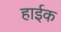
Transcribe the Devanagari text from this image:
हाईक